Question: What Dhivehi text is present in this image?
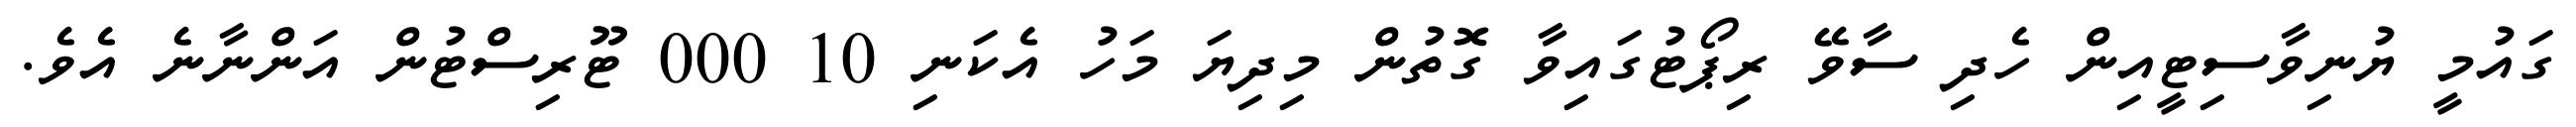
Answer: ގައުމީ ޔުނިވާސިޓީއިން ހެދި ސާވޭ ރިޕޯޓުގައިވާ ގޮތުން މިދިޔަ މަހު އެކަނި 10 000 ޓޫރިސްޓުން އަންނާނެ އެވެ.